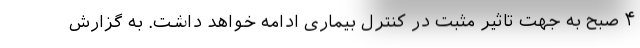
۴ صبح به جهت تاثیر مثبت در کنترل بیماری ادامه خواهد داشت. به گزارش